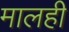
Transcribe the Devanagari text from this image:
मालही